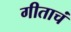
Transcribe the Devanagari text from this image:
गीताचं